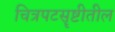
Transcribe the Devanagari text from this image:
चित्रपटसॄष्टीतील